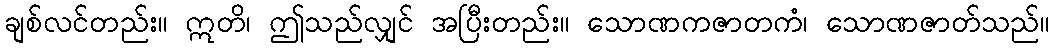
ချစ်လင်တည်း။ ဣတိ၊ ဤသည်လျှင် အပြီးတည်း။ သောဏကဇာတကံ၊ သောဏဇာတ်သည်။